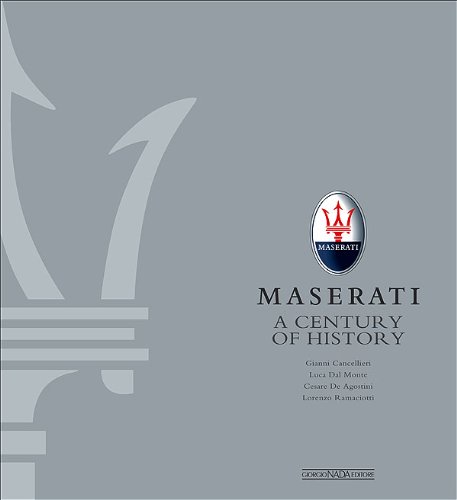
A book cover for Maserati: A Century of History The Official Book; Luca Dal Monte; Business & Money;